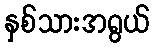
နှစ်သားအရွယ်